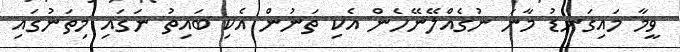
ވީމާ މައިގަނޑު މާނަ ނުގެއްލޭނޭހެން އެކި ތަނުން އެކި ބައިތު ނަގައި މިތަނުގައި